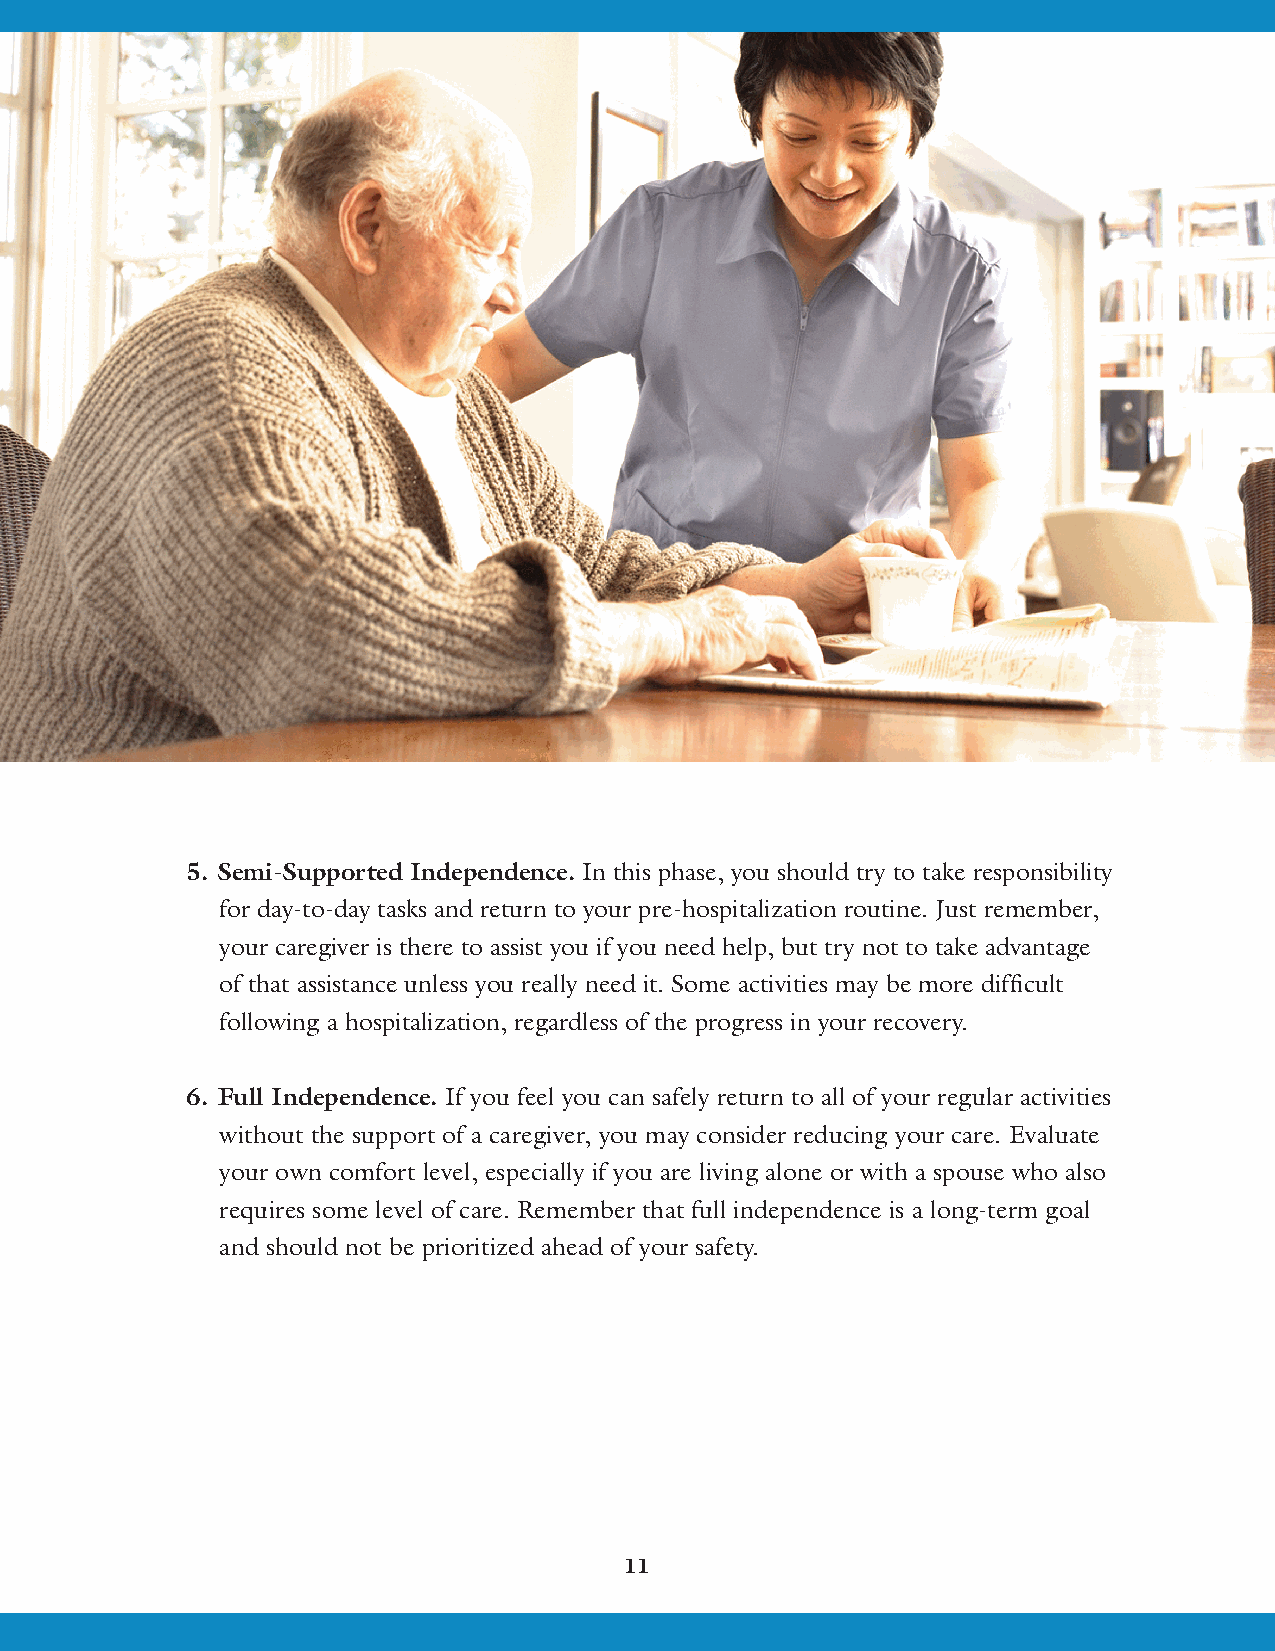
5. Semi-Supported Independence. In this phase, you should try to take responsibility
 for day-to-day tasks and return to your pre-hospitalization routine. Just remember,
 your caregiver is there to assist you if you need help, but try not to take advantage
 of that assistance unless you really need it. Some activities may be more difficult
 following a hospitalization, regardless of the progress in your recovery.
 6. Full Independence. If you feel you can safely return to all of your regular activities
 without the support of a caregiver, you may consider reducing your care. Evaluate
 your own comfort level, especially if you are living alone or with a spouse who also
 requires some level of care. Remember that full independence is a long-term goal
 and should not be prioritized ahead of your safety.
 11